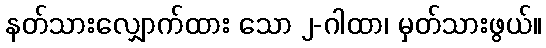
နတ်သားလျှောက်ထား သော ၂-ဂါထာ၊ မှတ်သားဖွယ်။